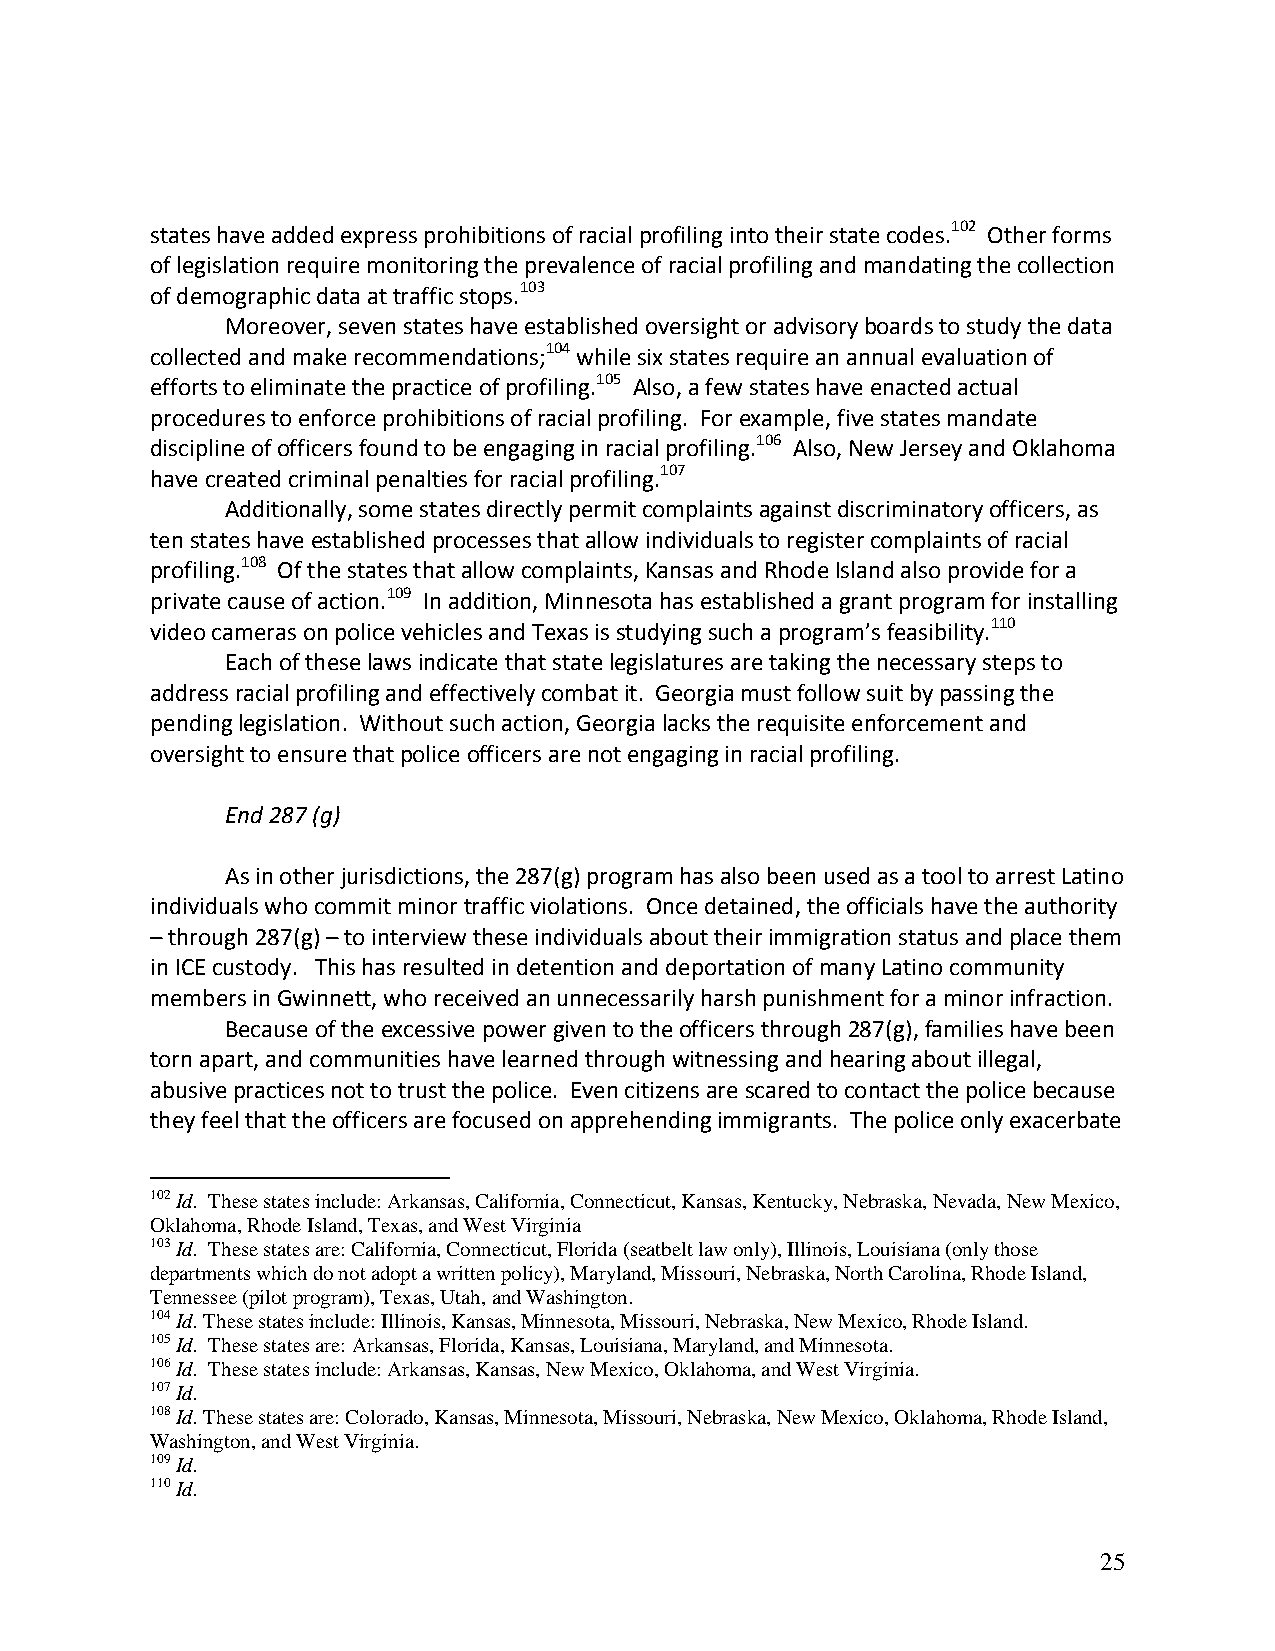
states have added express prohibitions of racial profiling into their state codes.102 Other forms
 of legislation require monitoring the prevalence of racial profiling and mandating the collection
 of demographic data at traffic stops.103
 Moreover, seven states have established oversight or advisory boards to study the data
 collected and make recommendations;104 while six states require an annual evaluation of
 efforts to eliminate the practice of profiling.105 Also, a few states have enacted actual
 procedures to enforce prohibitions of racial profiling. For example, five states mandate
 discipline of officers found to be engaging in racial profiling.106 Also, New Jersey and Oklahoma
 have created criminal penalties for racial profiling.107
 Additionally, some states directly permit complaints against discriminatory officers, as
 ten states have established processes that allow individuals to register complaints of racial
 profiling.108 Of the states that allow complaints, Kansas and Rhode Island also provide for a
 private cause of action.109 In addition, Minnesota has established a grant program for installing
 video cameras on police vehicles and Texas is studying such a program’s feasibility.110
 Each of these laws indicate that state legislatures are taking the necessary steps to
 address racial profiling and effectively combat it. Georgia must follow suit by passing the
 pending legislation. Without such action, Georgia lacks the requisite enforcement and
 oversight to ensure that police officers are not engaging in racial profiling.
 End 287 (g)
 As in other jurisdictions, the 287(g) program has also been used as a tool to arrest Latino
 individuals who commit minor traffic violations. Once detained, the officials have the authority
 – through 287(g) – to interview these individuals about their immigration status and place them
 in ICE custody. This has resulted in detention and deportation of many Latino community
 members in Gwinnett, who received an unnecessarily harsh punishment for a minor infraction.
 Because of the excessive power given to the officers through 287(g), families have been
 torn apart, and communities have learned through witnessing and hearing about illegal,
 abusive practices not to trust the police. Even citizens are scared to contact the police because
 they feel that the officers are focused on apprehending immigrants. The police only exacerbate
 102 Id. These states include: Arkansas, California, Connecticut, Kansas, Kentucky, Nebraska, Nevada, New Mexico,
 Oklahoma, Rhode Island, Texas, and West Virginia
 103 Id. These states are: California, Connecticut, Florida (seatbelt law only), Illinois, Louisiana (only those
 departments which do not adopt a written policy), Maryland, Missouri, Nebraska, North Carolina, Rhode Island,
 Tennessee (pilot program), Texas, Utah, and Washington.
 104 Id. These states include: Illinois, Kansas, Minnesota, Missouri, Nebraska, New Mexico, Rhode Island.
 105 Id. These states are: Arkansas, Florida, Kansas, Louisiana, Maryland, and Minnesota.
 106 Id. These states include: Arkansas, Kansas, New Mexico, Oklahoma, and West Virginia.
 107 Id.
 108 Id. These states are: Colorado, Kansas, Minnesota, Missouri, Nebraska, New Mexico, Oklahoma, Rhode Island,
 Washington, and West Virginia.
 109 Id.
 110 Id.
 25